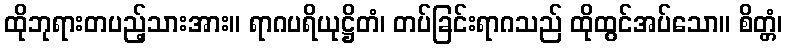
ထိုဘုရားတပည့်သားအား။ ရာဂပရိယုဋ္ဌိတံ၊ တပ်ခြင်းရာဂသည် ထိုထွင်အပ်သော။ စိတ္တံ၊